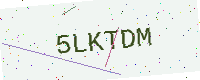
Text: 5LKTDM